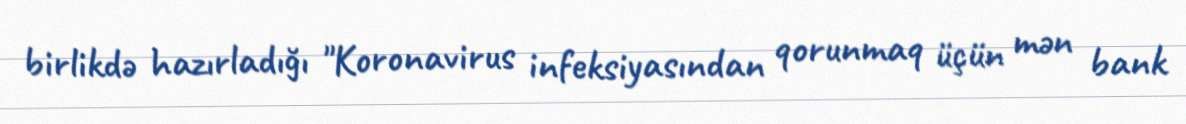
birlikdə hazırladığı "Koronavirus infeksiyasından qorunmaq üçün mən bank